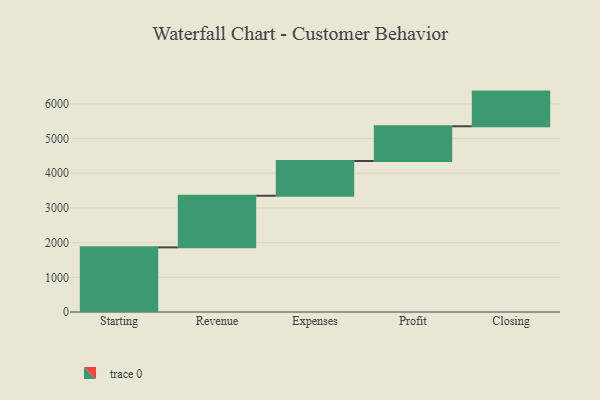
{"axis": {"x": "Step", "y": "Value"}, "legend": [""], "data": [{"x": "Starting", "y": 1863.0, "type": ""}, {"x": "Revenue", "y": 1488.0, "type": ""}, {"x": "Expenses", "y": 1002.0, "type": ""}, {"x": "Profit", "y": 1000, "type": ""}, {"x": "Closing", "y": 1000, "type": ""}]}